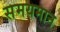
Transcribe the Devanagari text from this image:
समयमान